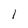
Character: 1